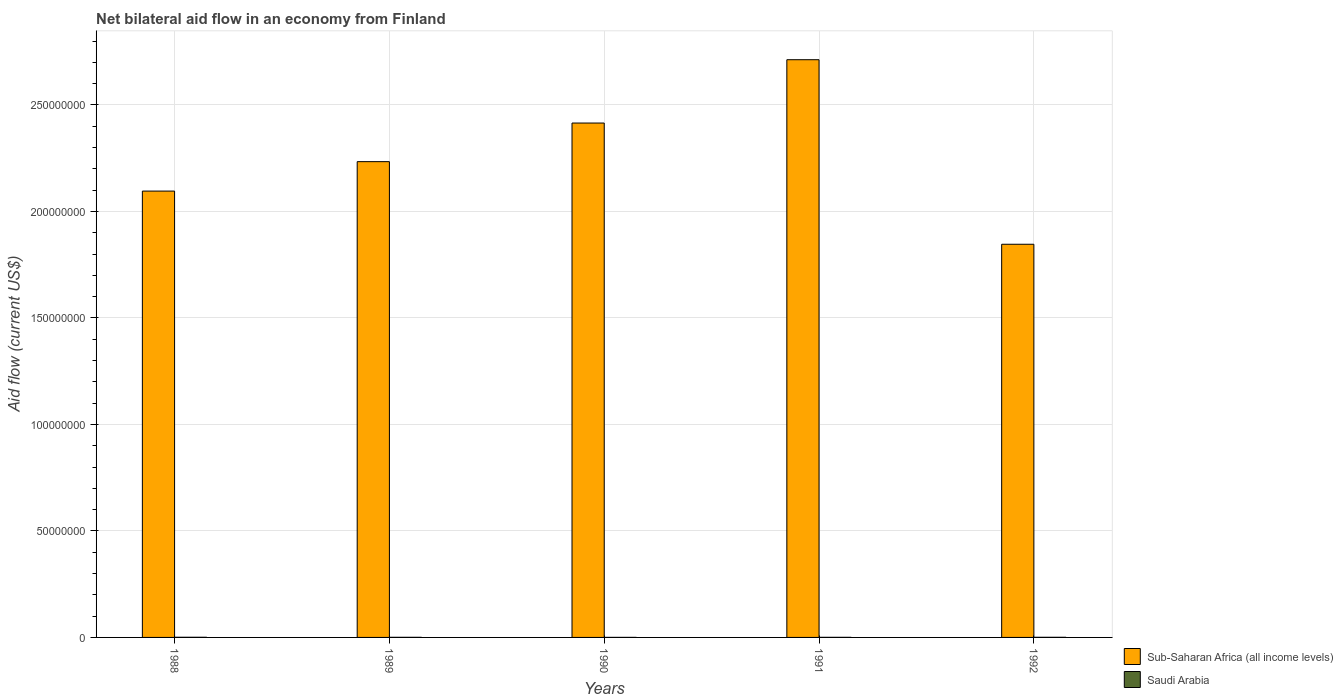
| Years | Sub-Saharan Africa (all income levels) | Saudi Arabia |
 | --- | --- | --- |
 | 1988 | 2.1e+08 | 7e+04 |
 | 1989 | 2.23e+08 | 5e+04 |
 | 1990 | 2.41e+08 | 2e+04 |
 | 1991 | 2.71e+08 | 4e+04 |
 | 1992 | 1.85e+08 | 6e+04 |